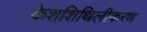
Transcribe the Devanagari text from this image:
केशशिथिलीकरण